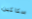
سكاكين